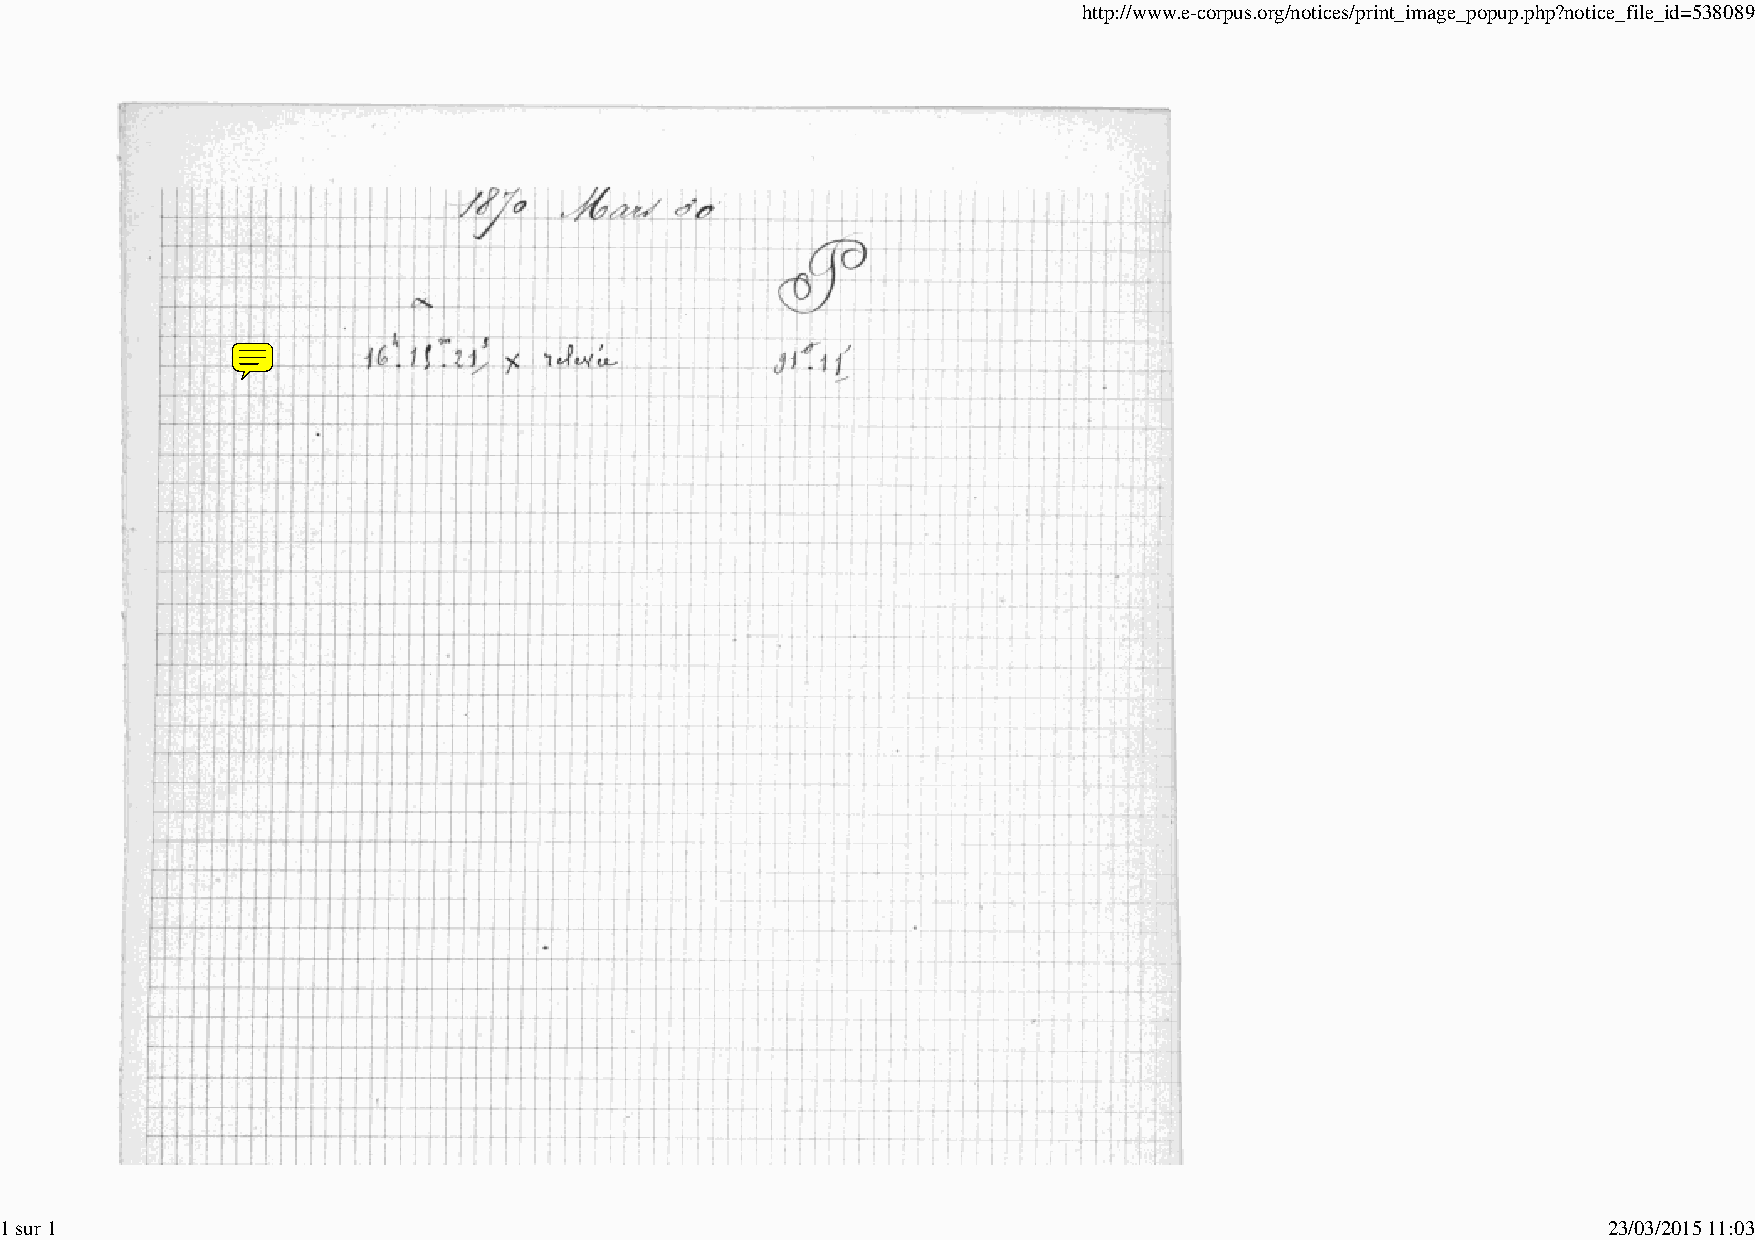
http://www.e-corpus.org/notices/print_image_popup.php?notice_file_id=538089
 1 sur 1                                                                                                   23/03/2015 11:03